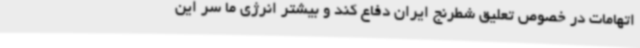
اتهامات در خصوص تعلیق شطرنج ایران دفاع کند و بیشتر انرژی ما سر این